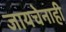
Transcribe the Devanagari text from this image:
जायचेनाही